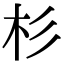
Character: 杉